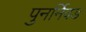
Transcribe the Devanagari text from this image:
पुनर्निवड